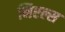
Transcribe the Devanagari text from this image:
निएल्स